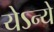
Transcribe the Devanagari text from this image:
येऽन्ये